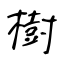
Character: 樹